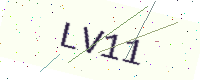
Text: LV11